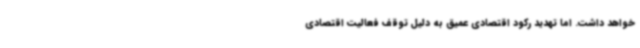
خواهد داشت. اما تهدید رکود اقتصادی عمیق به دلیل توقف فعالیت اقتصادی